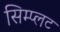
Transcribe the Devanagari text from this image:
सिम्प्लट